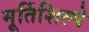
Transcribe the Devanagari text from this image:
मूर्तिशिल्पे